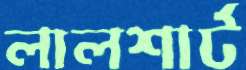
লালশার্ট